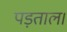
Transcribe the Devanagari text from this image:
पड़ताल।